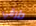
طرقي